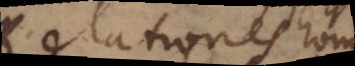
Relationes hom